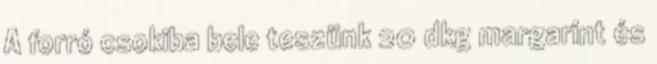
A forró csokiba bele teszünk 20 dkg margarint és